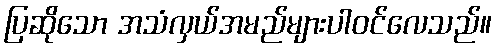
ပြဆိုသော အသံလှယ်အမည်များပါဝင်လေသည်။